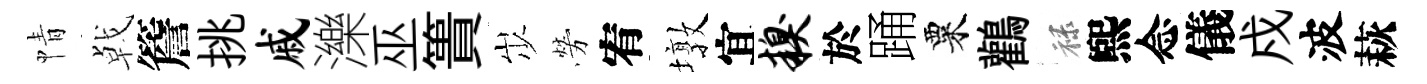
情㦸簷挑戚濼巫簣𡵯勞宥墩宜糗於踊粟鸛禄煕念儀戍波萩